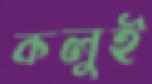
কলুই